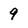
Character: 9